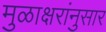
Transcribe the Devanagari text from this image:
मुळाक्षरांनुसार